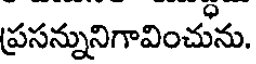
ప్రసన్నునిగావించును.